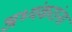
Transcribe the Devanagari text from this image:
अभ्यंकरांना